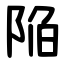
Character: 陥